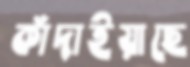
কাঁদাইয়াছে